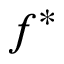
f ^ { * }